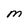
Character: M